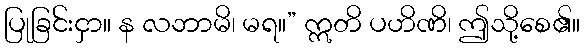
ပြုခြင်းငှာ။ န လဘာမိ၊ မရ။” ဣတိ ပဟိဏိ၊ ဤသို့စေ၏။